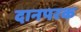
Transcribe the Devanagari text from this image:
दानपरक